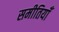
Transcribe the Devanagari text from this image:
समीतियाँ